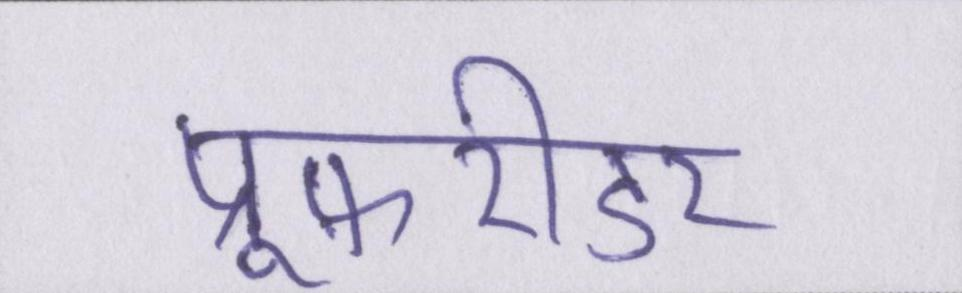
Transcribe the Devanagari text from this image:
प्रूफ़रीडर